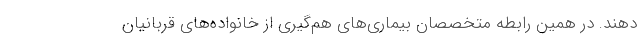
دهند. در همین رابطه متخصصان بیماری‌های هم‌گیری از خانواده‌های قربانیان